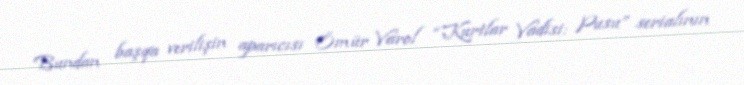
Bundan başqa verilişin aparıcısı Ömür Varol “Kurtlar Vadisi: Pusu” serialının